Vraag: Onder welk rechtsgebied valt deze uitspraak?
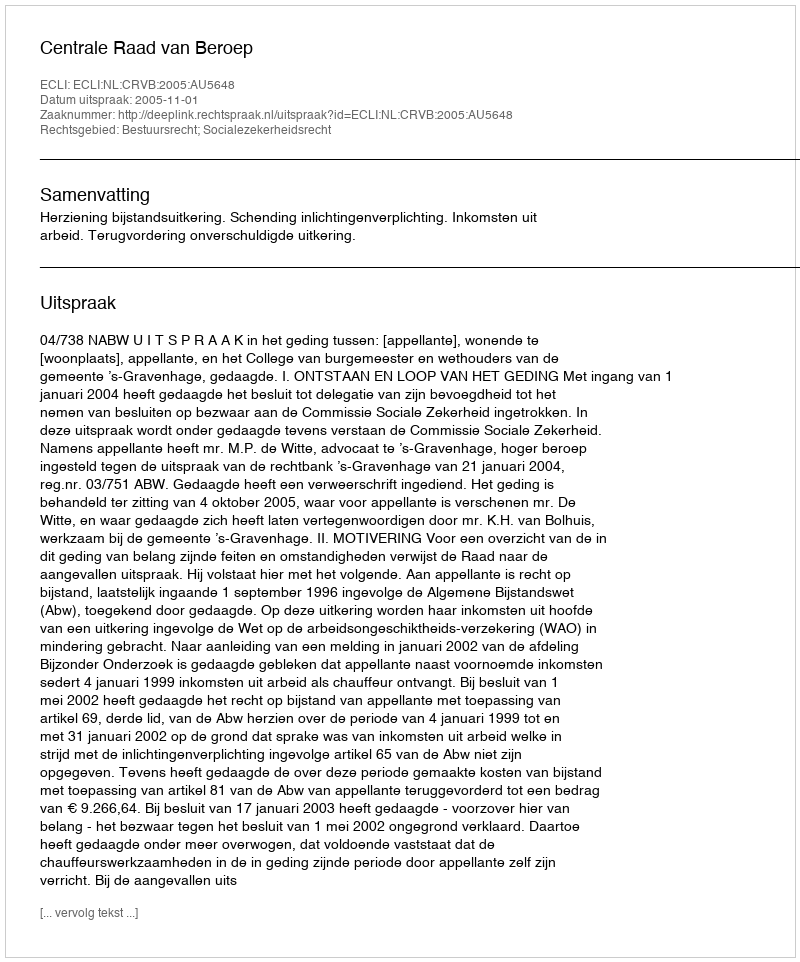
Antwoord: Bestuursrecht; Socialezekerheidsrecht